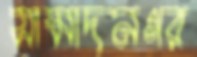
সামাদনগর